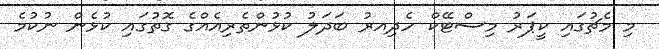
މި މެޗުގައި ކީޕަރު މިސްޓޭކް ހެދިއރު ބަދަލު ކުޅުންތެރިއެއްގެ ގޮތުގައި ކުޅެން ނުކުމެ